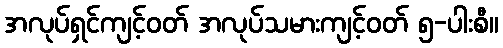
အလုပ်ရှင်ကျင့်ဝတ် အလုပ်သမားကျင့်ဝတ် ၅-ပါးစီ။